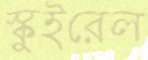
স্কুইরেল